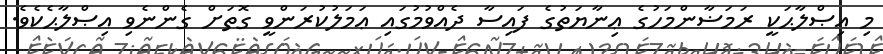
މި އިޞްލާޙަކީ ރަމަޟާންމަހުގެ ޢިނާޔަތުގެ ފައިސާ ދެއްވުމުގައި ޢަމަލުކުރަންވީ ގޮތަށް ގެންނެވި އިޞްލާޙެކެވެ.